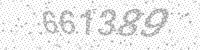
Solution: 661389